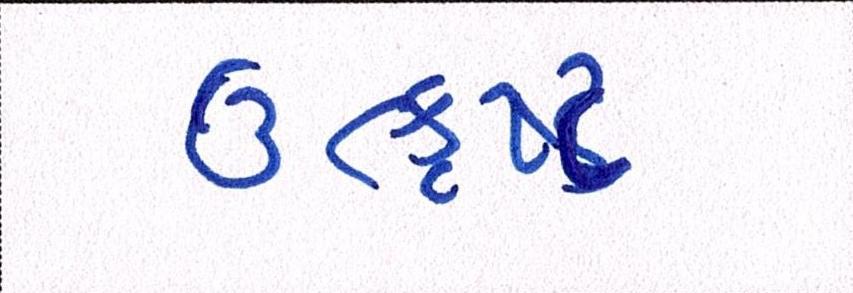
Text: ઉત્કૃષ્ટ